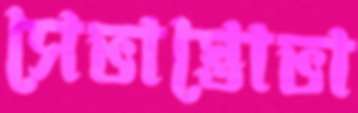
সেভাস্তোভা